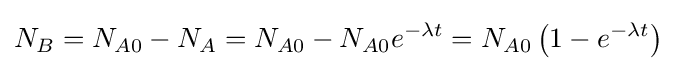
N_{B}=N_{A0}-N_{A}=N_{A0}-N_{A0}e^{-\lambda t}=N_{A0}\left(1-e^{-\lambda t}\right)